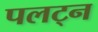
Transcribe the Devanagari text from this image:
पलट्न